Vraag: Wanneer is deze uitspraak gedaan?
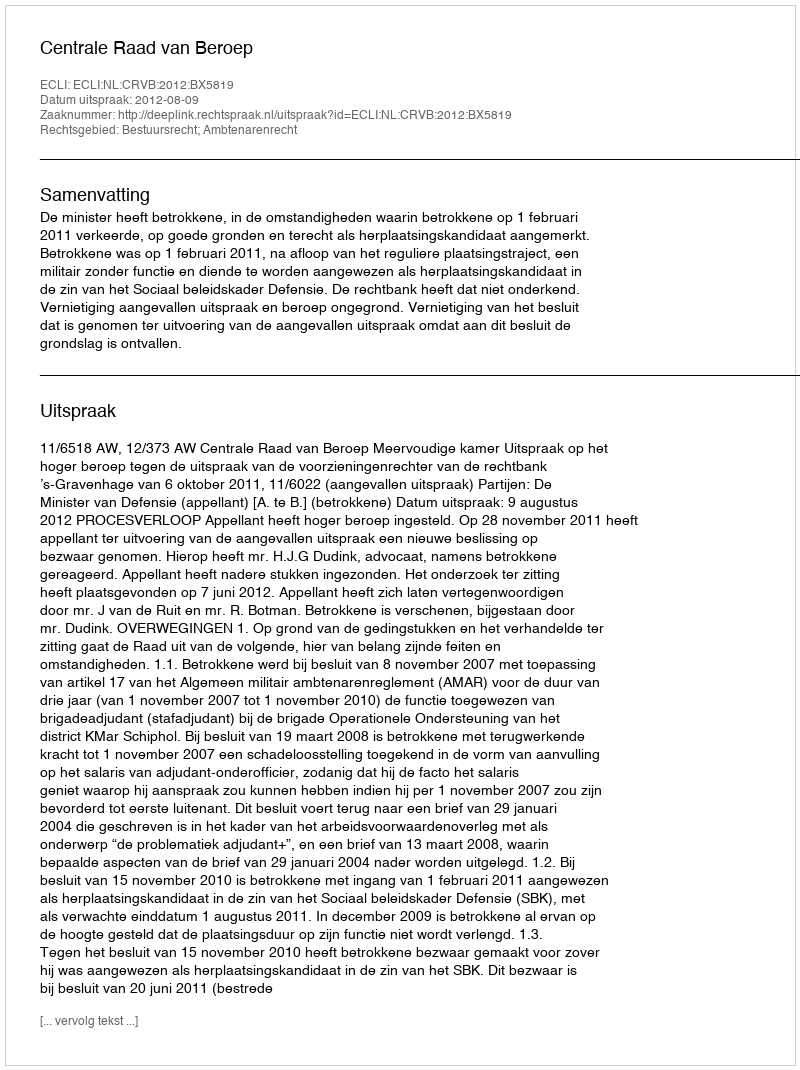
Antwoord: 2012-08-09